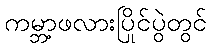
ကမ္ဘာ့ဖလားပြိုင်ပွဲတွင်